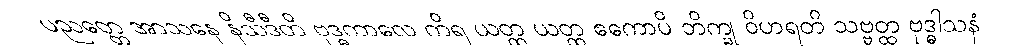
ပညတ္တေ အာသနေ နိသီဒီတိ ဗုဒ္ဓကာလေ ကိရ ယတ္ထ ယတ္ထ ဧကောပိ ဘိက္ခု ဝိဟရတိ သဗ္ဗတ္ထ ဗုဒ္ဓါသနံ